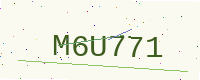
Text: M6U771